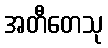
အတီတေသု